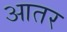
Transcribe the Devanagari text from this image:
आतर